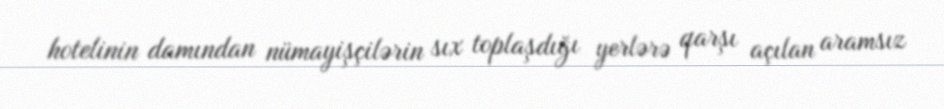
hotelinin damından nümayişçilərin sıx toplaşdığı yerlərə qarşı açılan aramsız